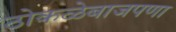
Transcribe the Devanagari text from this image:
ठोकळेबाजपणा